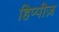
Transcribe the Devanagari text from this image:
हिप्पीज़